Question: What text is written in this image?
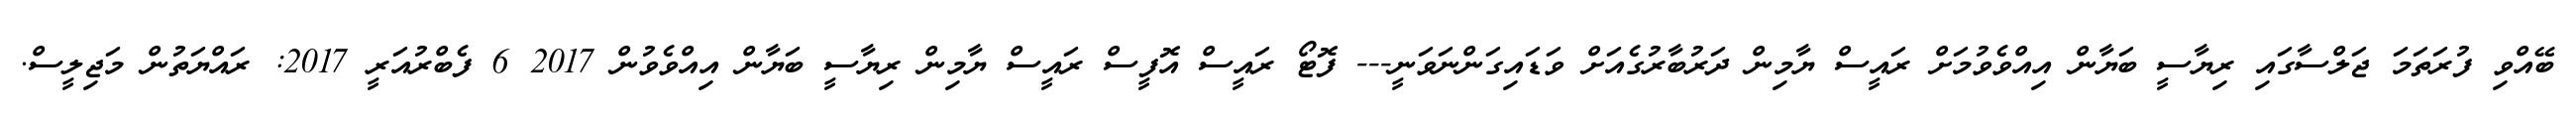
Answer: ބޭއްވި ފުރަތަމަ ޖަލްސާގައި ރިޔާސީ ބަޔާން އިއްވެވުމަށް ރައީސް ޔާމިން ދަރުބާރުގެއަށް ވަޑައިގަންނަވަނީ--- ފޮޓޯ ރައީސް އޮފީސް ރައީސް ޔާމިން ރިޔާސީ ބަޔާން އިއްވެވުން 2017 6 ފެބްރުއަރީ 2017: ރައްޔަތުން މަޖިލީސް.